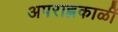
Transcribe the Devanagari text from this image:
अपराह्नकाळीं